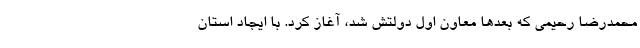
محمدرضا رحیمی که بعدها معاون اول دولتش شد، آغاز کرد. با ایجاد استان